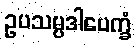
ဥပသမ္ပဒါပေက္ခံ